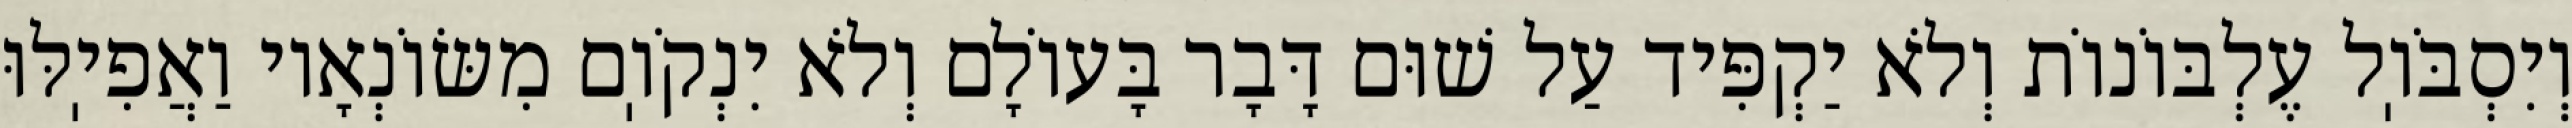
וְיִסְבֹּוֽל עֶלְבּוֹנוֹת וְלֹא יַקְפִּיד עַל שׁוּם דָּבָר בָּעוֹלָם וְלֹא יִנְקֹוֽם מִשּׂוֹנְאָיו וַאֲפִיֽלּוּ